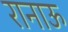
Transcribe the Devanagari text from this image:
रानाऊ